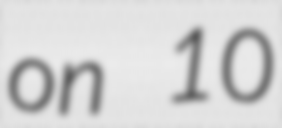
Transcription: on 10